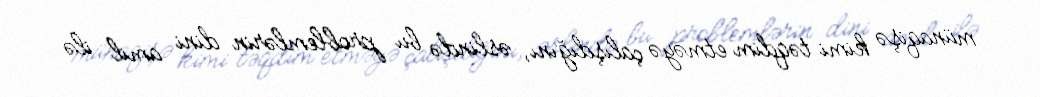
münaqişə kimi təqdim etməyə çalışdığını, əslində bu problemlərin dini amil ilə